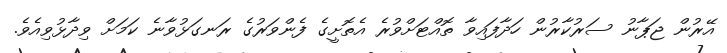
އޭރުން ޖަޕާނު ސަރުކާރުން ހަދާފައިވާ ތޮއްޓަށްވުރެ އެތޮށީގެ ފެންވަރުގެ ރަނގަޅުވާނެ ކަމަށް ވިދާޅުވިއެވެ.